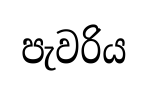
පැවරිය